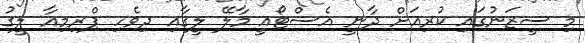
މި ސީޒަނުގައި ކުރިއަށް ދާނީ އެސްޓޯއީ މާލޭ ލީގާއި ދިވެހި ޕްރިމިއާ ލީގު